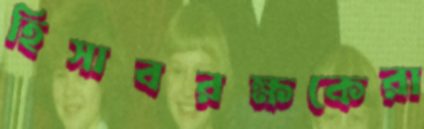
হিসাবরক্ষকেরা